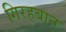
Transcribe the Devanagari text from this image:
गिरहबान